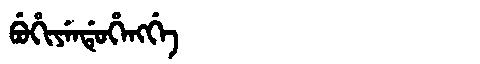
Manchu: ᠪᡠᡥᡳᠶᡝᠨᡩᡠᡥᡝᠩᡤᡝ
Romanization: BUHIYENDUHENGGE